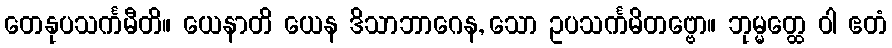
တေနုပသင်္ကမီတိ။ ယေနာတိ ယေန ဒိသာဘာဂေန, သော ဥပသင်္ကမိတဗ္ဗော။ ဘုမ္မတ္ထေ ဝါ ဧတံ